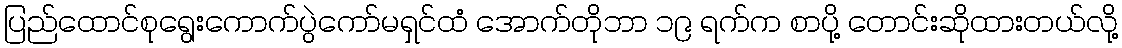
ပြည်ထောင်စုရွေးကောက်ပွဲကော်မရှင်ထံ အောက်တိုဘာ ၁၉ ရက်က စာပို့ တောင်းဆိုထားတယ်လို့